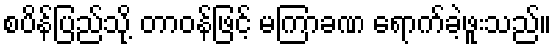
စပိန်ပြည်သို့ တာဝန်ဖြင့် မကြာခဏ ရောက်ခဲ့ဖူးသည်။